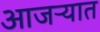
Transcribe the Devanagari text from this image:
आजऱ्यात